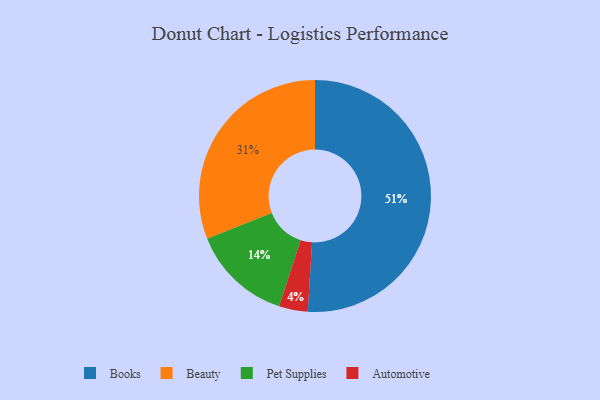
{"axis": {"x": "Category", "y": "Percentage"}, "legend": ["Automotive", "Beauty", "Books", "Pet Supplies"], "data": [{"x": "Books", "y": 51, "type": "Books"}, {"x": "Beauty", "y": 31, "type": "Beauty"}, {"x": "Pet Supplies", "y": 14, "type": "Pet Supplies"}, {"x": "Automotive", "y": 4, "type": "Automotive"}]}